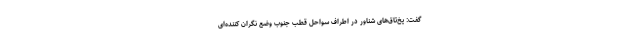
گفت: یخ‌تاق‌های شناور در اطراف سواحل قطب جنوب وضع نگران کننده‌ای